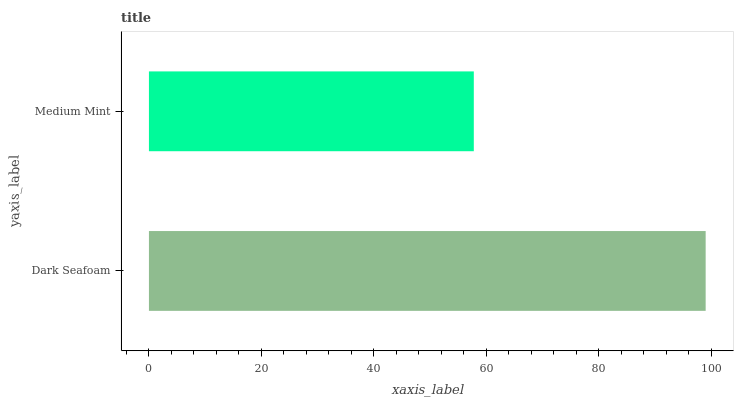
| yaxis_label | bars |
 | --- | --- |
 | Dark Seafoam | 99 |
 | Medium Mint | 57.8 |